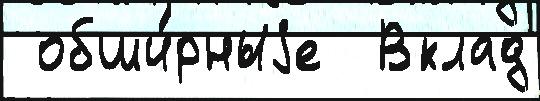
 обши́рныjе  Вклад